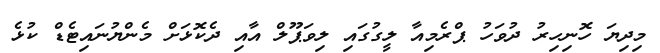
މިދިޔަ ހޮނިހިރު ދުވަހު ޕްރެމިއާ ލީގުގައި ލިވަޕޫލް އާއި ދެކޮޅަށް މެންޔުނައިޓެޑް ކުޅެ